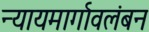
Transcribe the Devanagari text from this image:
न्यायमार्गावलंबन